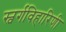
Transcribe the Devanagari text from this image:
स्वर्गविहारिणी